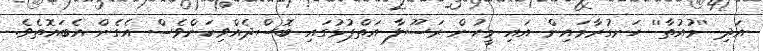
އަދި ''މުއުތާ'' ހަނގުރާމައިން އައި މީހުން ރަސޫލާ އަތްޕުޅުގައި ބޮސްދެއްވިކަންވެސް އެގެން އެބައޮތެވެ.